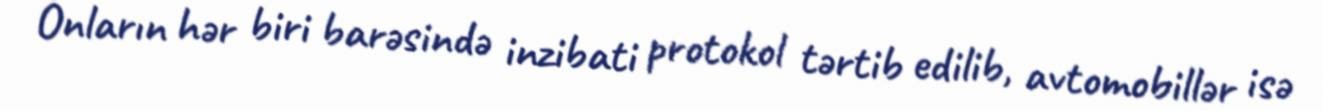
Onların hər biri barəsində inzibati protokol tərtib edilib, avtomobillər isə